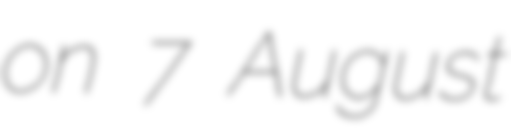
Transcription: on 7 August